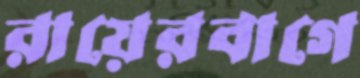
রায়েরবাগে